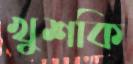
খুশকি